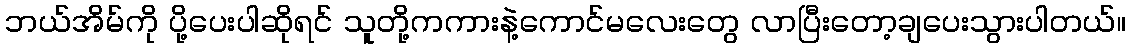
ဘယ်အိမ်ကို ပို့ပေးပါဆိုရင် သူတို့ကကားနဲ့ကောင်မလေးတွေ လာပြီးတော့ချပေးသွားပါတယ်။